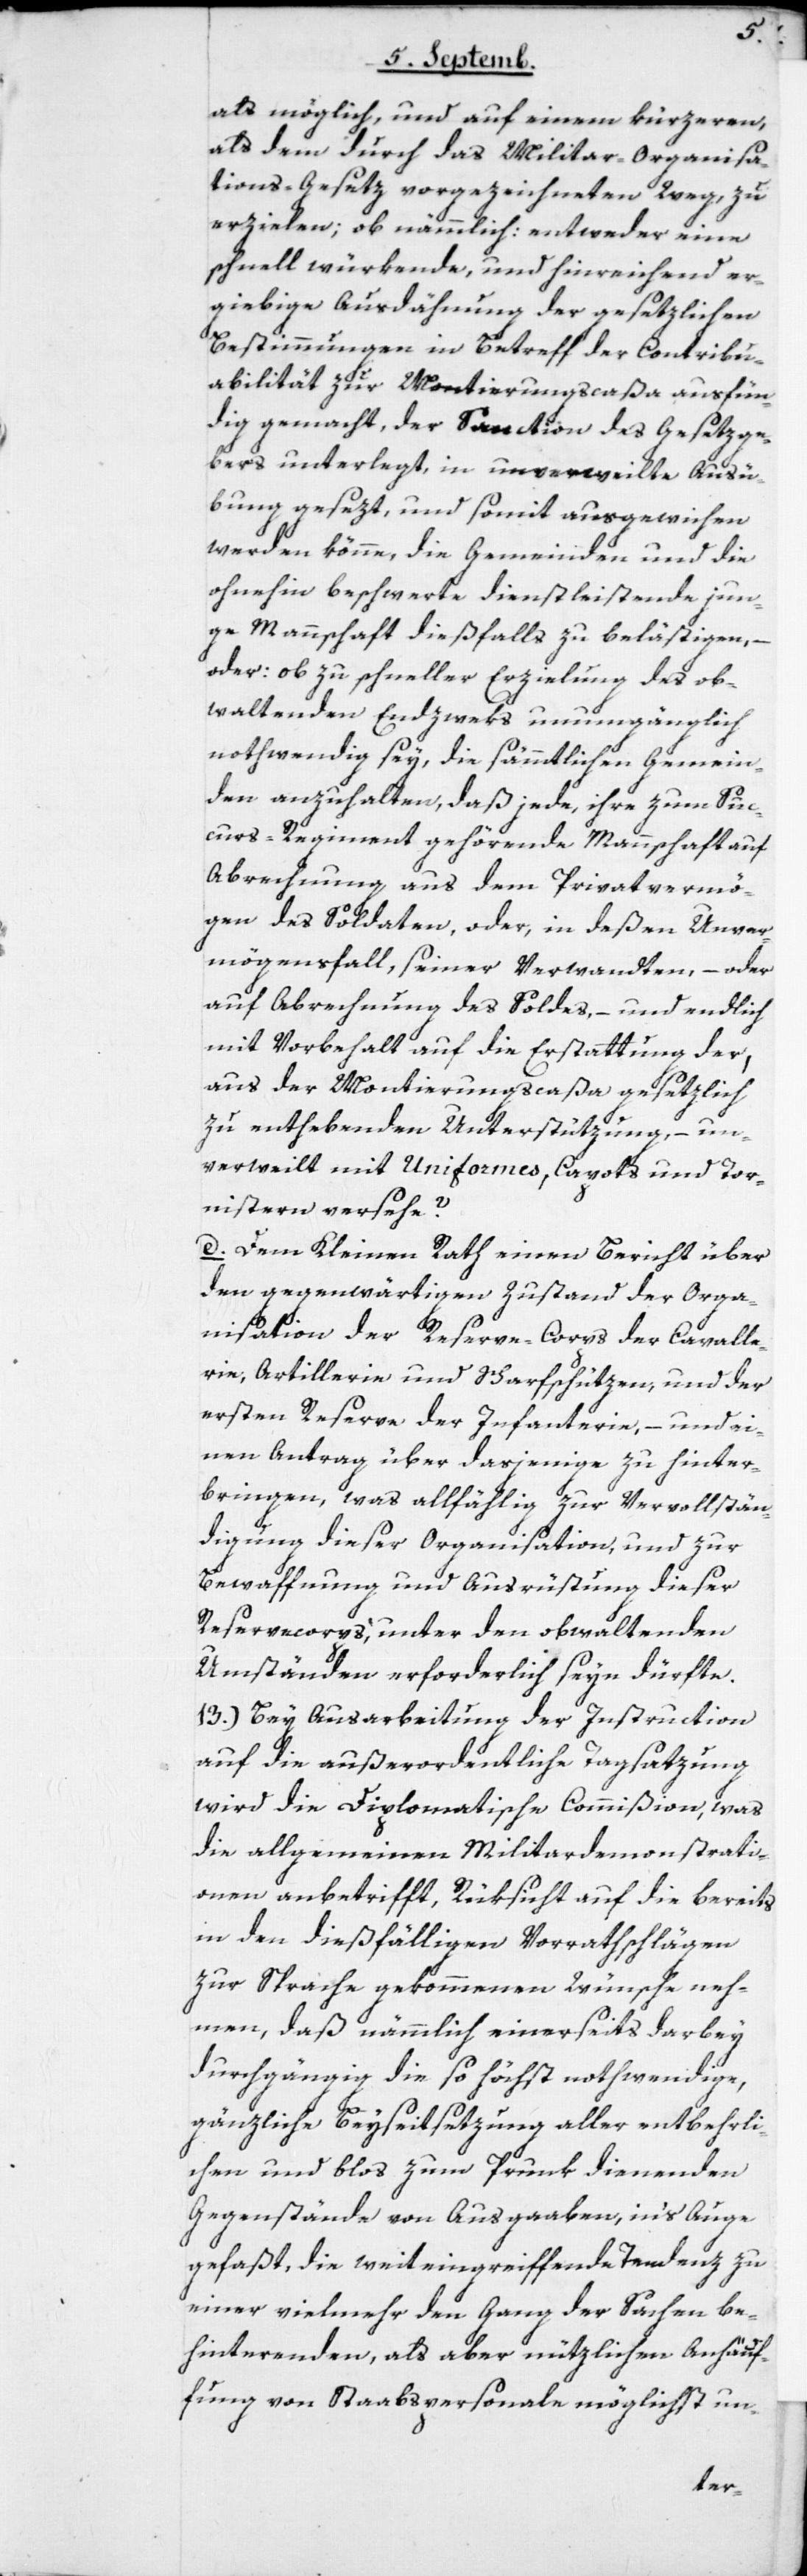
als möglich, und auf einem kürzeren,
als dem durch das Militar-Organisa¬
tions-Gesetz vorgezeichneten Weg, zu
erzielen; ob nämmlich: entweder eine
schnell würkende, und hinreichend er¬
giebige Ausdähnung der gesetzlichen
Bestimmungen in Betreff der Contribu¬
abilität zur Montierungscaßa ausfün¬
dig gemacht, der Sanction des Gesetzge¬
bers unterlegt, in unverweilte Ausü¬
bung gesezt und somit ausgewichen
werden könne, die Gemeinden und die
ohnehin beschwerte dienstleistende jun¬
ge Mannschaft dießfalls zu belästigen, –
oder: ob zu schneller Erzielung des ob¬
waltenden Endzweks unumgänglich
nothwendig sey, die sämmtlichen Gemein¬
den anzuhalten, daß jede, ihre zum Suc¬
curs-Regiment gehörende Mannschaft auf
Abrechnung aus dem Privatvermö¬
gen des Soldaten, oder, in deßen Unver¬
mögensfall, seiner Verwandten, – oder
auf Abrechnung des Soldes, – und endlich
mit Vorbehalt auf die Erstattung der,
aus der Montierungscaßa gesetzlich
zu enthebenden Unterstützung, – un¬
verweilt mit Uniformes, Capots und Tor¬
nistern versehe?
d) Dem Kleinen Rath einen Bericht über
den gegenwärtigen Zustand der Orga¬
nisation der Reserve-Corps der Cavalle¬
rie, Artillerie und Scharfschützen, und der
ersten Reserve der Infanterie, – und ei¬
nen Antrag über dasjenige zu hinter¬
bringen, was allfählig zur Vervollstän¬
digung dieser Organisation und zur
Bewaffnung und Ausrüstung dieser
Reservecorps, unter den obwaltenden
Umständen erforderlich seyn dürfte.
13.) Bey Ausarbeitung der Instruction
auf die außerordentliche Tagsatzung
wird die Diplomatische Commißion, was
die allgemeinen Militardemonstrati¬
onen anbetrifft, Rüksicht auf die bereits
in den dießfälligen Vorrathschlägen
zur Sprache gekommenen Wünsche neh¬
men, daß nämmlich einerseits darbey
durchgängig die so höchst nothwendige,
gänzliche Beyseitsetzung aller entbehrli¬
chen und blos zum Prunk dienenden
Gegenstände von Ausgaaben ins Auge
gefaßt, die weit eingreiffende Tendenz zu
einer vielmehr den Gang der Sachen be¬
hinterenden, als aber nützlichen Anhäuf¬
fung von Staabspersonale möglichst un-